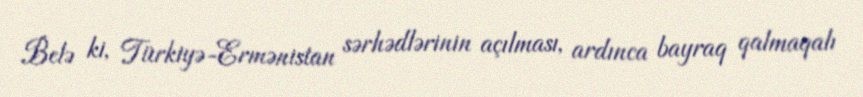
Belə ki, Türkiyə-Ermənistan sərhədlərinin açılması, ardınca bayraq qalmaqalı